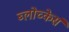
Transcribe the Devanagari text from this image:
ब्लोच्केर्स